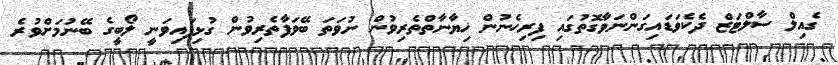
ގެއިލް ސާލްޓަޒް ދެކެވަޑައިގަންނަވާގޮތުގައި ފިރިހެނުން ޚިޔާނާތްތެރިވުން ނުވަތަ ބޭވަފާތެރިވުން ގުޅިފައިވަނީ ލޯބީގެ ބޭނުމަށްވުރެ